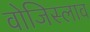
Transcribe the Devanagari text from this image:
वोजिस्लाव